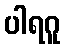
ပါရဂူ